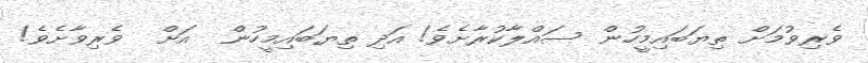
ވެރިވުމަށް ތިޔަބައިމީހުން ސައްލާކުރާށެވެ! އަދި ތިޔަބައިމީހުން  އަށް  ވެރިވާށެވެ!